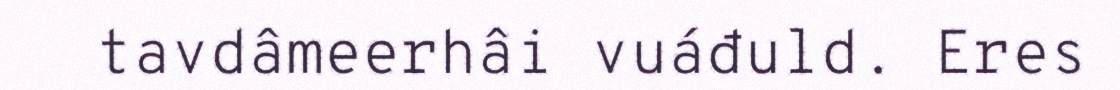
tavdâmeerhâi vuáđuld. Eres